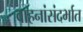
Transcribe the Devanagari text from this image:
वाहनांसंदर्भात